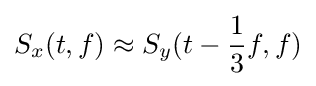
S_{x}(t,f)\approx S_{y}(t-{\frac {1}{3}}f,f)